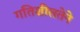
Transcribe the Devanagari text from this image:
गतिशीलतेने